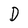
Character: D